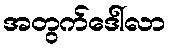
အတွက်ဒေါ်လာ